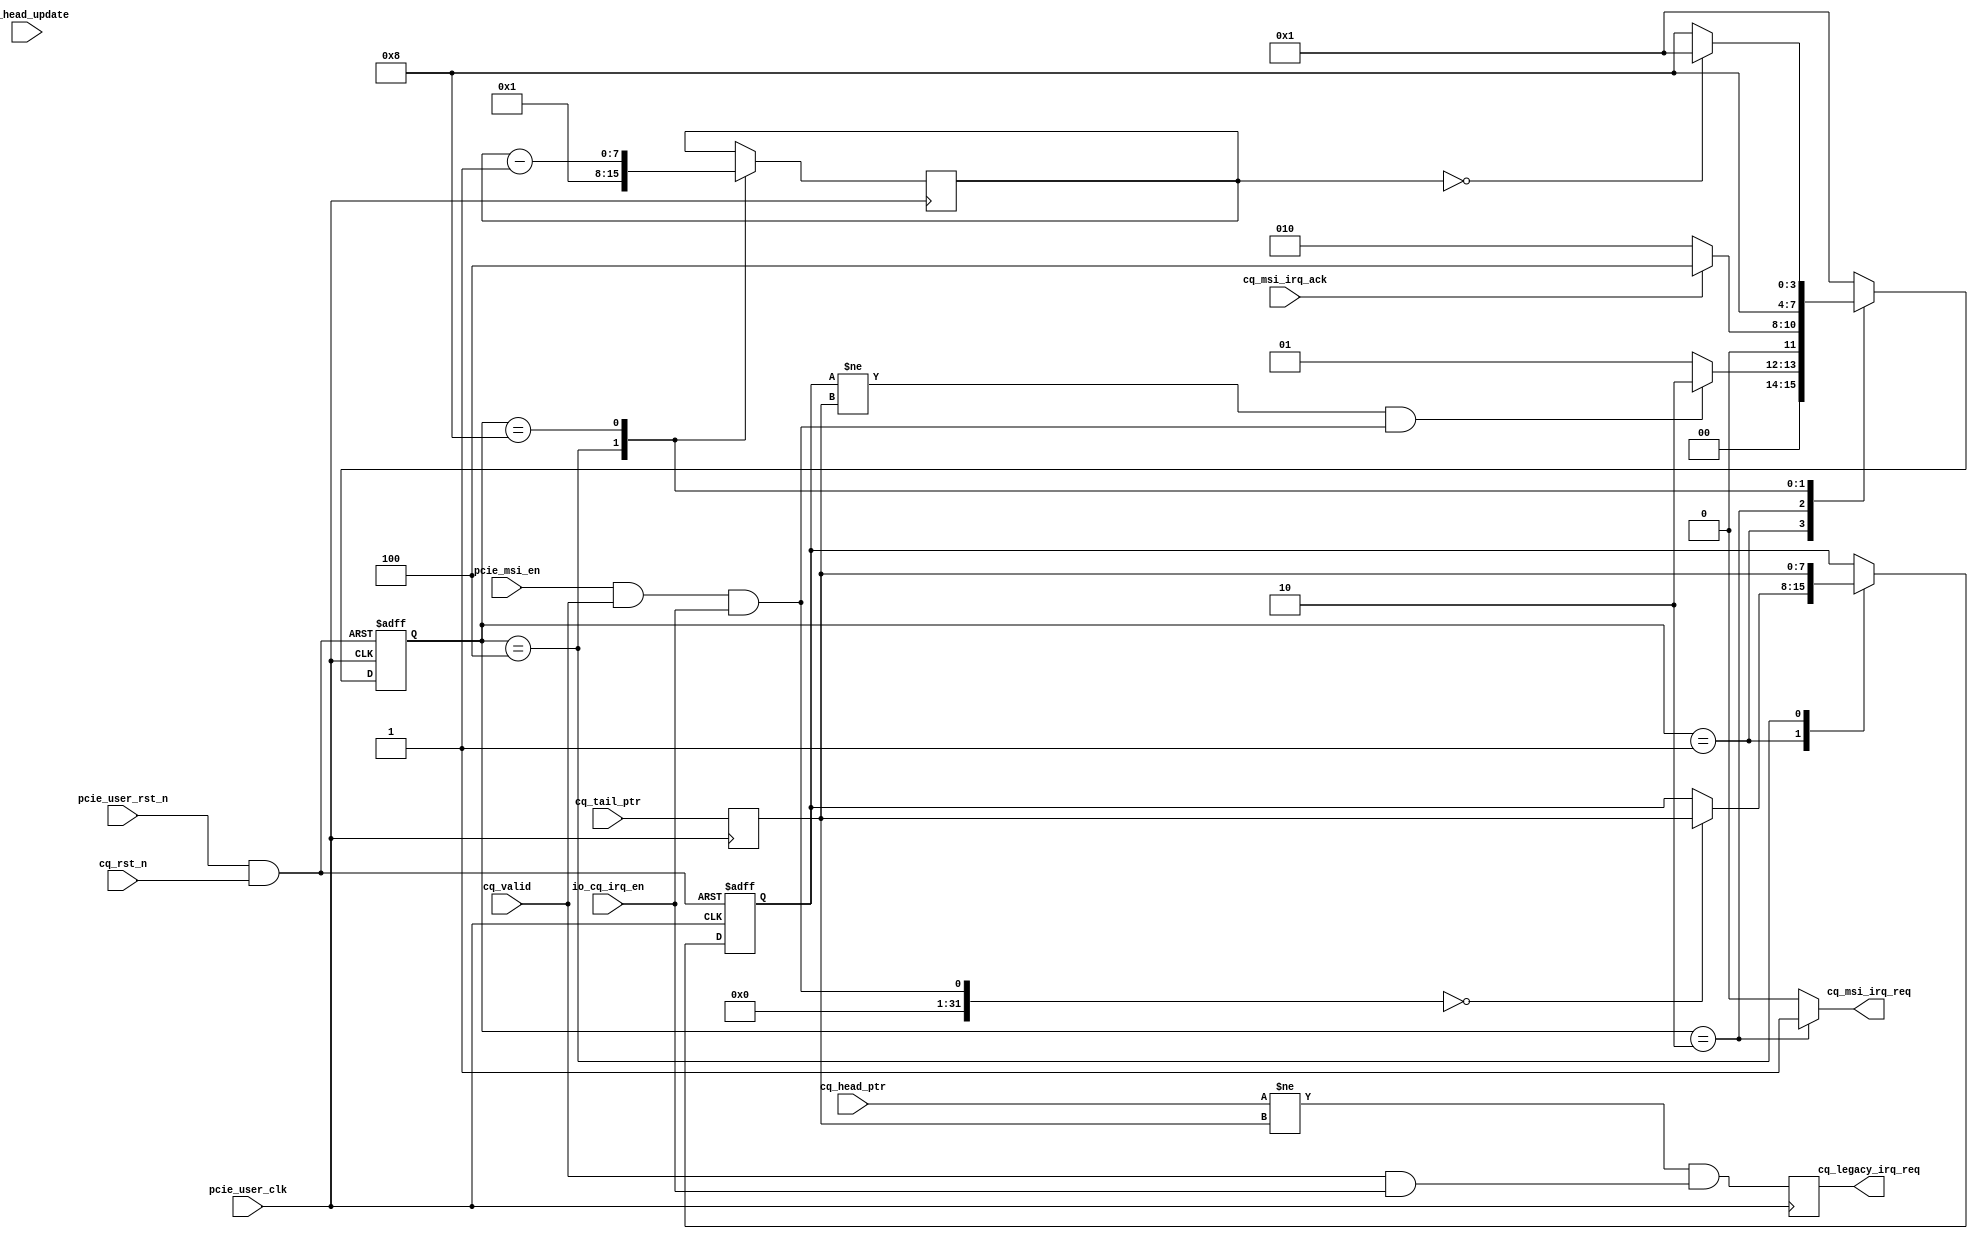

/*
----------------------------------------------------------------------------------
Copyright (c) 2013-2014

  Embedded and Network Computing Lab.
  Open SSD Project
  Hanyang University

All rights reserved.

----------------------------------------------------------------------------------

Redistribution and use in source and binary forms, with or without
modification, are permitted provided that the following conditions are
met:

  1. Redistributions of source code must retain the above copyright
     notice, this list of conditions and the following disclaimer.

  2. Redistributions in binary form must reproduce the above copyright
     notice, this list of conditions and the following disclaimer in the
     documentation and/or other materials provided with the distribution.

  3. All advertising materials mentioning features or use of this source code
     must display the following acknowledgement:
     This product includes source code developed 
     by the Embedded and Network Computing Lab. and the Open SSD Project.

THIS SOFTWARE IS PROVIDED BY THE COPYRIGHT HOLDERS AND CONTRIBUTORS "AS IS" AND
ANY EXPRESS OR IMPLIED WARRANTIES, INCLUDING, BUT NOT LIMITED TO, THE IMPLIED
WARRANTIES OF MERCHANTABILITY AND FITNESS FOR A PARTICULAR PURPOSE ARE
DISCLAIMED. IN NO EVENT SHALL THE COPYRIGHT OWNER OR CONTRIBUTORS BE LIABLE FOR
ANY DIRECT, INDIRECT, INCIDENTAL, SPECIAL, EXEMPLARY, OR CONSEQUENTIAL DAMAGES
(INCLUDING, BUT NOT LIMITED TO, PROCUREMENT OF SUBSTITUTE GOODS OR SERVICES;
LOSS OF USE, DATA, OR PROFITS; OR BUSINESS INTERRUPTION) HOWEVER CAUSED AND
ON ANY THEORY OF LIABILITY, WHETHER IN CONTRACT, STRICT LIABILITY, OR TORT
(INCLUDING NEGLIGENCE OR OTHERWISE) ARISING IN ANY WAY OUT OF THE USE OF THIS
SOFTWARE, EVEN IF ADVISED OF THE POSSIBILITY OF SUCH DAMAGE.

----------------------------------------------------------------------------------

http://enclab.hanyang.ac.kr/
http://www.openssd-project.org/
http://www.hanyang.ac.kr/

----------------------------------------------------------------------------------
*/


`timescale 1ns / 1ps

module nvme_cq_check # (
	parameter	C_PCIE_DATA_WIDTH			= 128,
	parameter	C_PCIE_ADDR_WIDTH			= 36
)
(
	input									pcie_user_clk,
	input									pcie_user_rst_n,

	input									pcie_msi_en,

	input									cq_rst_n,
	input									cq_valid,
	input									io_cq_irq_en,
	
	input	[7:0]							cq_tail_ptr,
	input	[7:0]							cq_head_ptr,
	input									cq_head_update,

	output									cq_legacy_irq_req,
	output									cq_msi_irq_req,
	input									cq_msi_irq_ack
	
);

localparam	LP_CQ_IRQ_DELAY_TIME			= 8'h01;


localparam	S_IDLE							= 4'b0001;
localparam	S_CQ_MSI_IRQ_REQ				= 4'b0010;
localparam	S_CQ_MSI_HEAD_SET				= 4'b0100;
localparam	S_CQ_MSI_IRQ_TIMER				= 4'b1000;

reg		[3:0]								cur_state;
reg		[3:0]								next_state;

reg		[7:0]								r_cq_tail_ptr;
reg		[7:0]								r_cq_msi_irq_head_ptr;
reg		[7:0]								r_irq_timer;
reg											r_cq_legacy_irq_req;
reg											r_cq_msi_irq_req;

wire										w_cq_rst_n;

assign cq_legacy_irq_req = r_cq_legacy_irq_req;
assign cq_msi_irq_req = r_cq_msi_irq_req;

assign w_cq_rst_n = pcie_user_rst_n & cq_rst_n;

always @ (posedge pcie_user_clk)
begin
	r_cq_tail_ptr <= cq_tail_ptr;
	r_cq_legacy_irq_req <= ((cq_head_ptr != r_cq_tail_ptr) && ((cq_valid & io_cq_irq_en) == 1));
end

always @ (posedge pcie_user_clk or negedge w_cq_rst_n)
begin
	if(w_cq_rst_n == 0)
		cur_state <= S_IDLE;
	else
		cur_state <= next_state;
end

always @ (*)
begin
	case(cur_state)
		S_IDLE: begin
			if(((r_cq_msi_irq_head_ptr != r_cq_tail_ptr) & (pcie_msi_en & cq_valid & io_cq_irq_en)) == 1)
				next_state <= S_CQ_MSI_IRQ_REQ;
			else
				next_state <= S_IDLE;
		end
		S_CQ_MSI_IRQ_REQ: begin
			if(cq_msi_irq_ack == 1)
				next_state <= S_CQ_MSI_HEAD_SET;
			else
				next_state <= S_CQ_MSI_IRQ_REQ;
		end
		S_CQ_MSI_HEAD_SET: begin
/*
			if(cq_head_update == 1 || (cq_head_ptr == r_cq_tail_ptr))
				next_state <= S_CQ_MSI_IRQ_TIMER;
			else
				next_state <= S_CQ_MSI_HEAD_SET;
*/
			next_state <= S_CQ_MSI_IRQ_TIMER;
		end
		S_CQ_MSI_IRQ_TIMER: begin
			if(r_irq_timer == 0)
				next_state <= S_IDLE;
			else
				next_state <= S_CQ_MSI_IRQ_TIMER;
		end
		default: begin
			next_state <= S_IDLE;
		end
	endcase
end


always @ (posedge pcie_user_clk)
begin
	case(cur_state)
		S_IDLE: begin

		end
		S_CQ_MSI_IRQ_REQ: begin

		end
		S_CQ_MSI_HEAD_SET: begin
			r_irq_timer <= LP_CQ_IRQ_DELAY_TIME;
		end
		S_CQ_MSI_IRQ_TIMER: begin
			r_irq_timer <= r_irq_timer - 1;
		end
		default: begin

		end
	endcase
end

always @ (posedge pcie_user_clk or negedge w_cq_rst_n)
begin
	if(w_cq_rst_n == 0) begin
		r_cq_msi_irq_head_ptr <= 0;
	end
	else begin
		case(cur_state)
			S_IDLE: begin
				if((pcie_msi_en & cq_valid & io_cq_irq_en) == 0)
					r_cq_msi_irq_head_ptr <= r_cq_tail_ptr;
			end
			S_CQ_MSI_IRQ_REQ: begin

			end
			S_CQ_MSI_HEAD_SET: begin
				r_cq_msi_irq_head_ptr <= r_cq_tail_ptr;
			end
			S_CQ_MSI_IRQ_TIMER: begin

			end
			default: begin

			end
		endcase
	end


end

always @ (*)
begin
	case(cur_state)
		S_IDLE: begin
			r_cq_msi_irq_req <= 0;
		end
		S_CQ_MSI_IRQ_REQ: begin
			r_cq_msi_irq_req <= 1;
		end
		S_CQ_MSI_HEAD_SET: begin
			r_cq_msi_irq_req <= 0;
		end
		S_CQ_MSI_IRQ_TIMER: begin
			r_cq_msi_irq_req <= 0;
		end
		default: begin
			r_cq_msi_irq_req <= 0;
		end
	endcase
end


endmodule